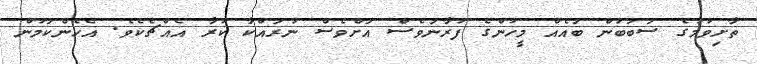
ތާށިވުމުގެ ސަބަބުން ބައެއް މީހުންގެ ފުރާނަވެސް އަށްވެސް ނުރައްކާ ކުރާ އެއްޗެކެވެ. އެހެންކަމުން